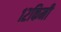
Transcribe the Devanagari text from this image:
१२किमी